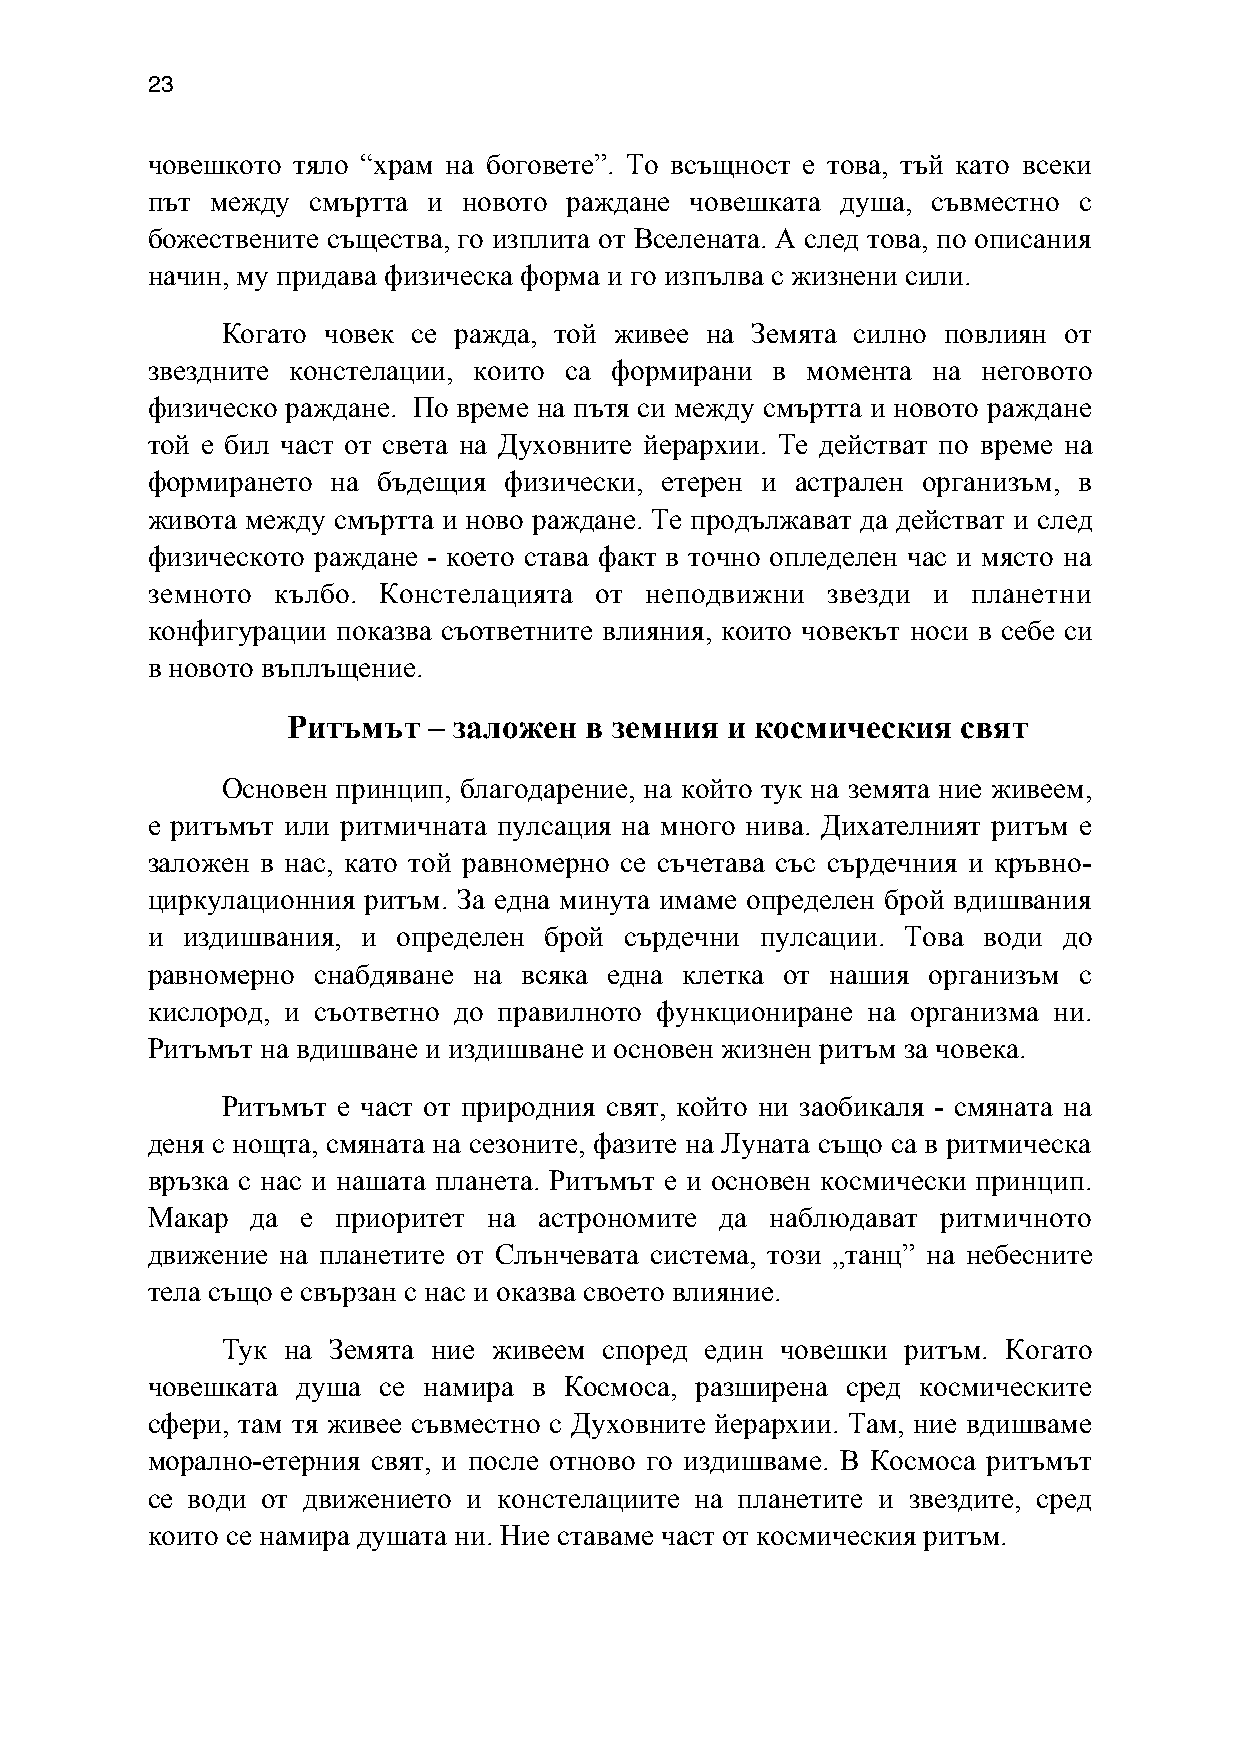
23
 човешкото тяло “храм на боговете”. То всъщност е това, тъй като всеки
 път между  смъртта и новото раждане човешката душа, съвместно с
 божествените същества, го изплита от Вселената. А след това, по описания
 начин, му придава физическа форма и го изпълва с жизнени сили.
 Когато човек се ражда, той живее на Земята силно повлиян от
 звездните констелации, които са формирани в момента на неговото
 физическо раждане. По време на пътя си между смъртта и новото раждане
 той е бил част от света на Духовните йерархии. Те действат по време на
 формирането на бъдещия физически, етерен и астрален организъм, в
 живота между смъртта и ново раждане. Те продължават да действат и след
 физическото раждане - което става факт в точно опледелен час и място на
 земното кълбо. Констелацията от  неподвижни  звезди и планетни
 конфигурации показва съответните влияния, които човекът носи в себе си
 в новото въплъщение.
 Ритъмът  – заложен  в земния и космическия   свят
 Основен принцип, благодарение, на който тук на земята ние живеем,
 е ритъмът или ритмичната пулсация на много нива. Дихателният ритъм е
 заложен в нас, като той равномерно се съчетава със сърдечния и кръвно-
 циркулационния ритъм. За една минута имаме определен брой вдишвания
 и издишвания, и определен брой сърдечни пулсации. Това води до
 равномерно снабдяване на всяка една клетка от нашия организъм с
 кислород, и съответно до правилното функциониране на организма ни.
 Ритъмът на вдишване и издишване и основен жизнен ритъм за човека.
 Ритъмът е част от природния свят, който ни заобикаля - смяната на
 деня с нощта, смяната на сезоните, фазите на Луната също са в ритмическа
 връзка с нас и нашата планета. Ритъмът е и основен космически принцип.
 Макар  да е приоритет на  астрономите да наблюдават ритмичното
 движение на планетите от Слънчевата система, този „танц” на небесните
 тела също е свързан с нас и оказва своето влияние.
 Тук на Земята ние живеем според един човешки ритъм. Когато
 човешката душа се намира в Космоса, разширена сред космическите
 сфери, там тя живее съвместно с Духовните йерархии. Там, ние вдишваме
 морално-етерния свят, и после отново го издишваме. В Космоса ритъмът
 се води от движението и констелациите на планетите и звездите, сред
 които се намира душата ни. Ние ставаме част от космическия ритъм.